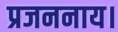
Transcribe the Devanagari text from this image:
प्रजननाय।